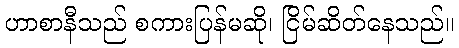
ဟာစာနီသည် စကားပြန်မဆို၊ ငြိမ်ဆိတ်နေသည်။